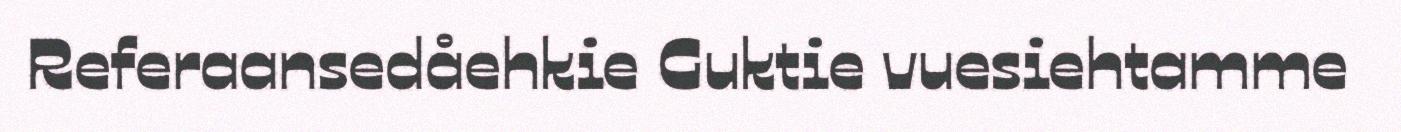
Referaansedåehkie Guktie vuesiehtamme